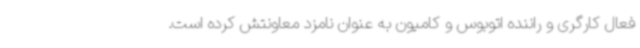
فعال کارگری و راننده اتوبوس و کامیون به عنوان نامزد معاونتش کرده است.